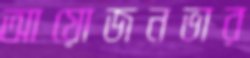
আয়োজনভার